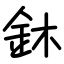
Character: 鈢